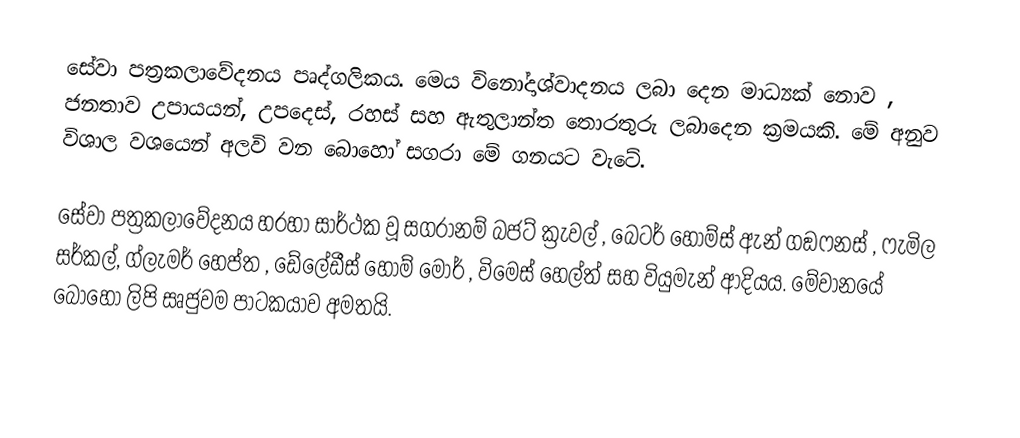
සේවා පත්‍රකලාවේදනය පෘද්ගලිකය. මෙය විනෝදාශ්වාදනය ලබා දෙන මාධ්‍යක් නොව , ජනතාව උපායයන්, උපදෙස්, රහස් සහ ඇතුලාන්ත තොරතුරු ලබාදෙන ක්‍රමයකි. මේ අනුව විශාල වශයෙන් අලවි වන බොහෝ සගරා මේ ගනයට වැටේ.

සේවා පත්‍රකලාවේදනය හරහා සාර්ථක වූ සගරානම් බජට් ක්‍රැවල් , බෙටර් හෝම්ස් ඇන් ගඞෆනස් , ෆැමිල සර්කල්,  ග්ලැමර් හෙප්ත , ඩේලේඩීස් හෝම් මෝර් , විමෙස් හෙල්ත් සහ වියුමැන් ආදියය. මේවානයේ බොහෝ ලිපි සෘජුවම පාටකයාව අමතයි.